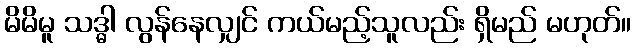
မိမိမူ သဒ္ဓါ လွန်နေလျှင် ကယ်မည့်သူလည်း ရှိမည် မဟုတ်။